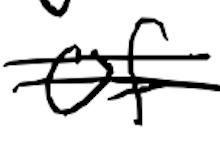
Text: of
Cross-out: double-line
Writing tool: digital_black